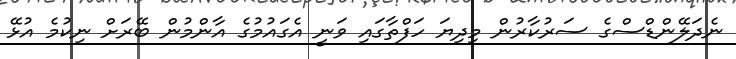
ނެދަލޭންޑްސްގެ ސަރުކާރުން މިދިޔަ ހަފްތާގައި ވަނީ އެގައުމުގެ އާންމުން ބޭރަށް ނިކުމެ އުޅޭ